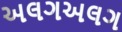
અલગઅલગ